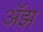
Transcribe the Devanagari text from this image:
अॅझ